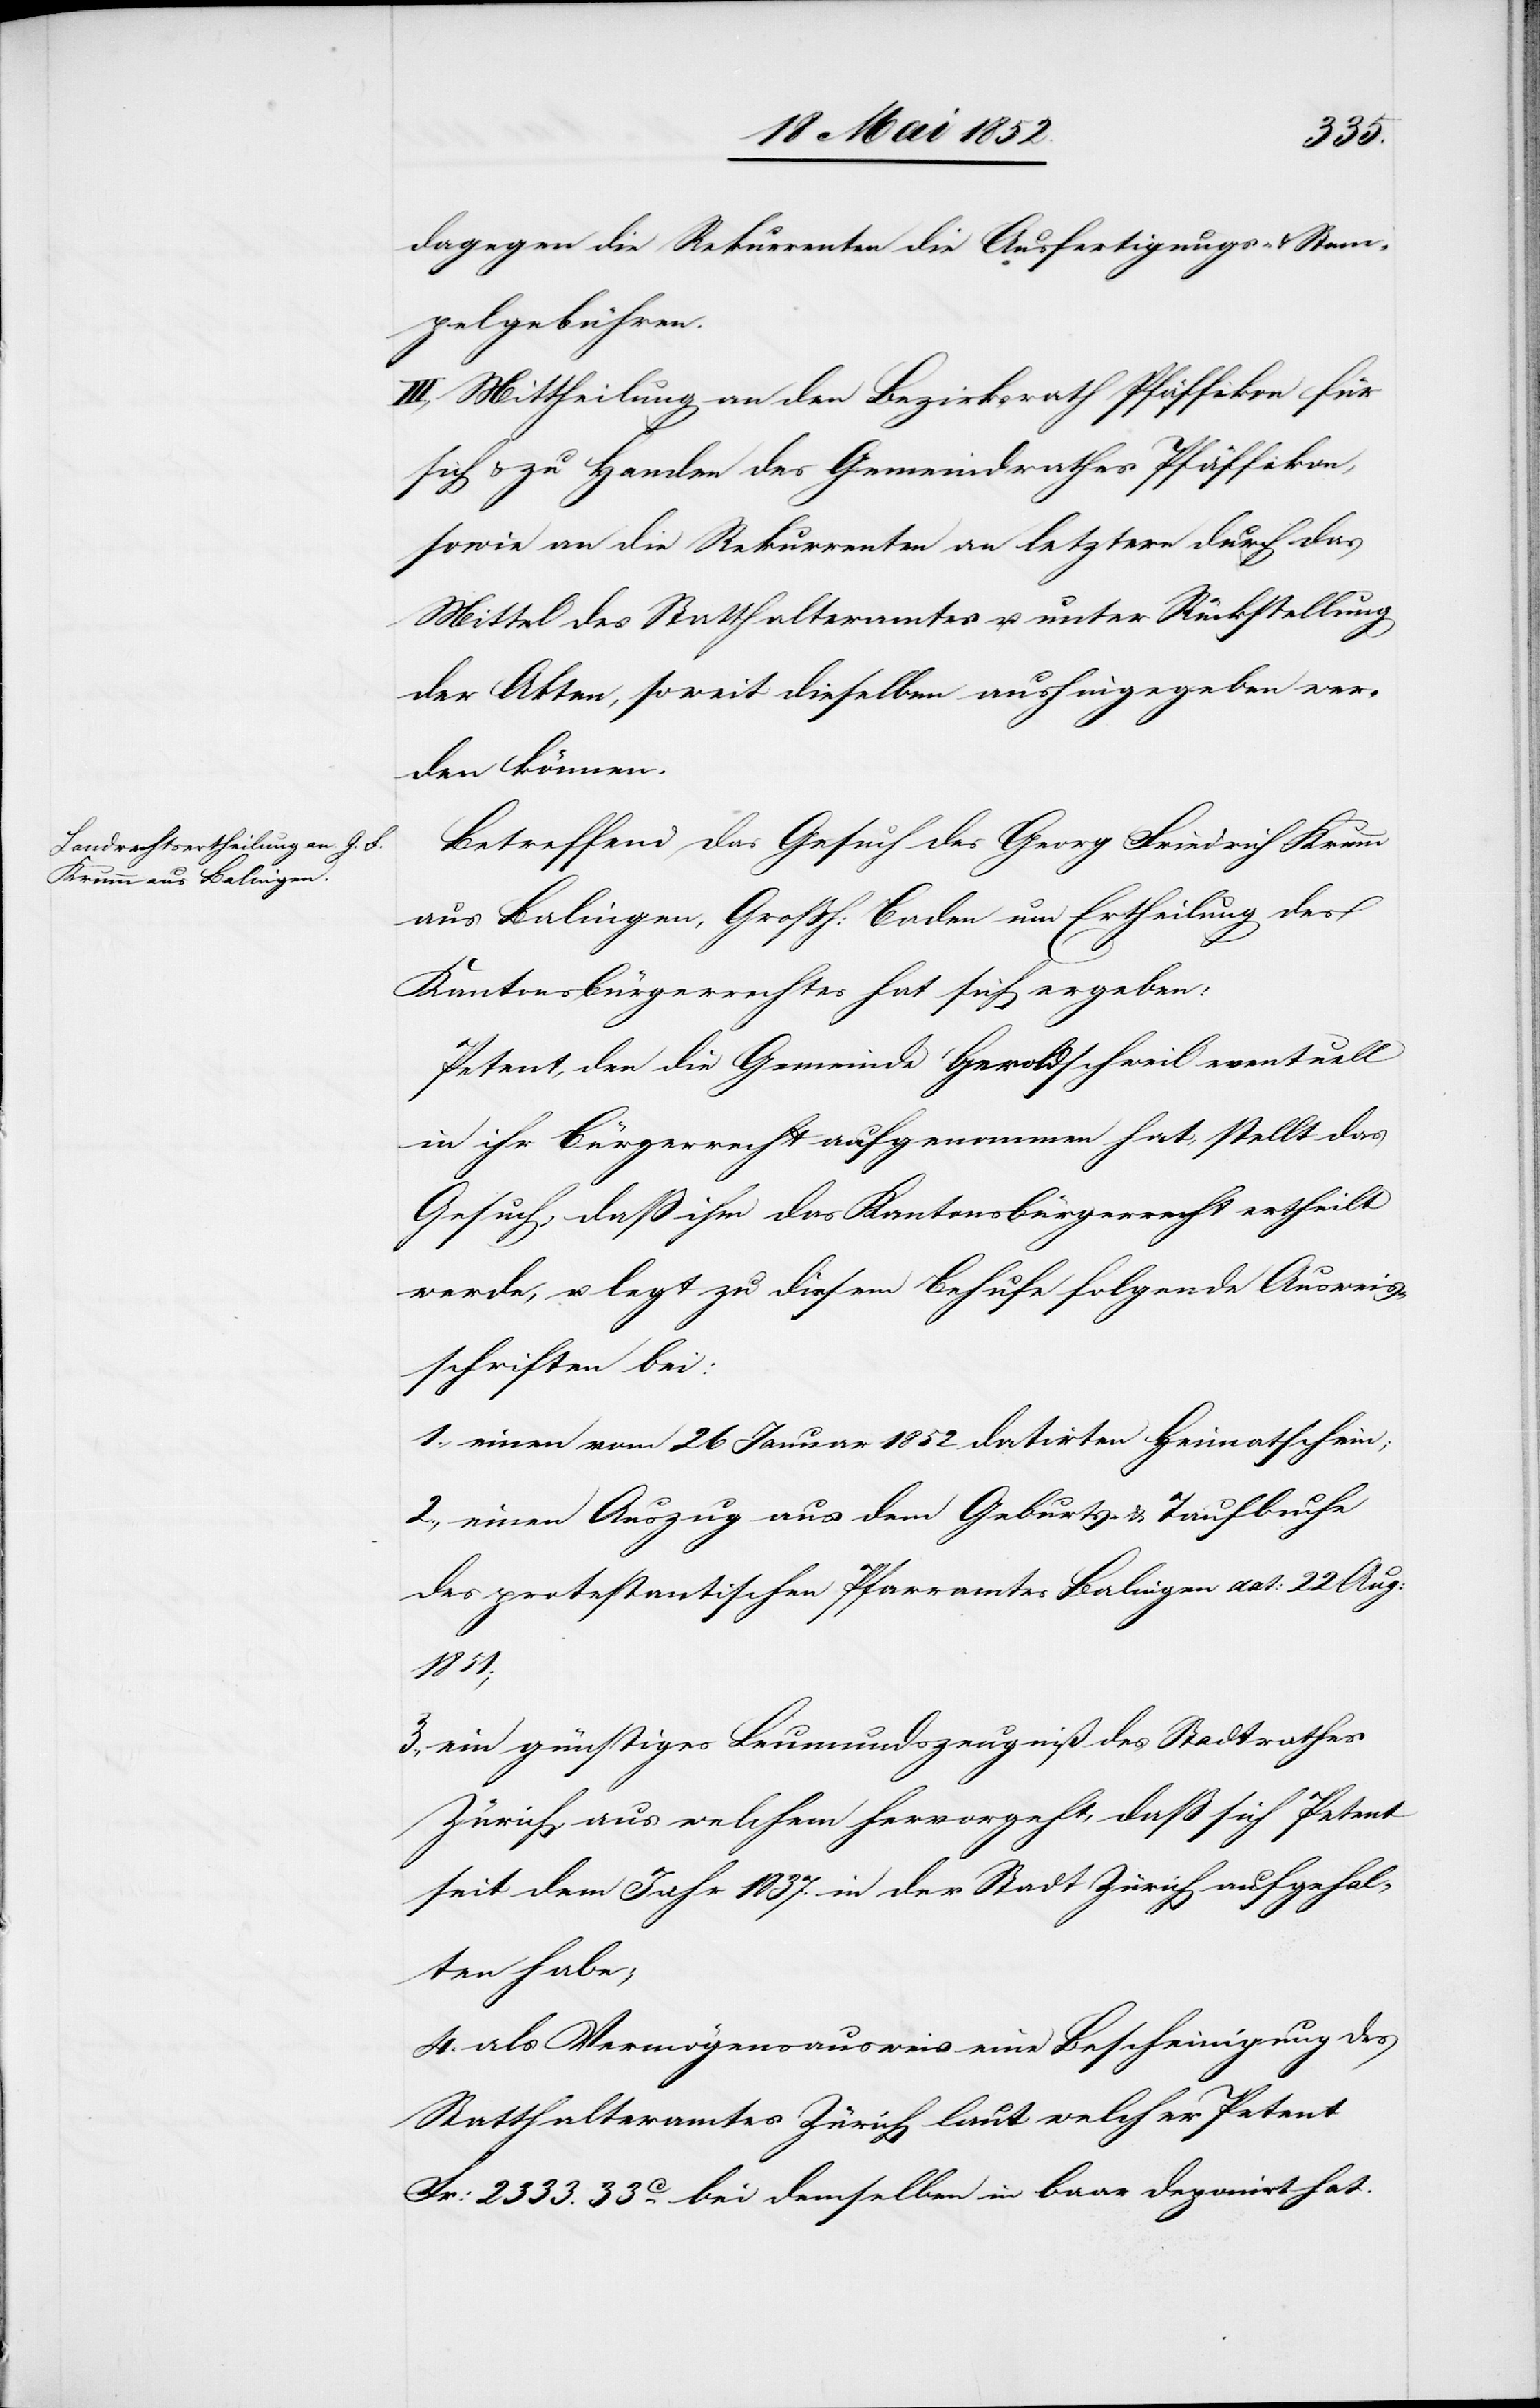
dagegen die Rekurrenten die Ausfertigungs- & Stem¬
pelgebühren.
III., Mittheilung an den Bezirksrath Pfäffikon für
sich & zu Handen des Gemeindrathes Pfäffikon,
sowie an die Rekurrenten an letztere durch das
Mittel des Statthalteramtes u. unter Rückstellung
der Akten, soweit dieselben aushingegeben wer¬
den können.
Betreffend das Gesuch des Georg Friedrich Krumm
aus Balingen, Grossh: Baden um Ertheilung des
Kantonsbürgerrechtes hat sich ergeben:
Petent, den die Gemeinde Geroldschweil eventuell
in ihr Bürgerrecht aufgenommen hat, stellt das
Gesuch, dass ihm das Kantonsbürgerrecht ertheilt
werde, u. legt zu diesem Behufe folgende Ausweis¬
schriften bei:
1., einen vom 26 Januar 1852 datirten Heimatschein;
2., einen Auszug aus dem Geburts- & Taufbuche
des protestantischen Pfarramtes Balingen dat: 22 Aug:
1851;
3., ein günstiges Leumundszeugniß des Stadtrathes
Zürich, aus welchem hervorgeht, daß sich Petent
seit dem Jahr 1837. in der Stadt Zürich aufgehal¬
ten habe;
4. als Vermögensausweis eine Bescheinigung des
Statthalteramtes Zürich laut welcher Petent
Fr: 2333. 33C. bei demselben in baar deponirt hat.